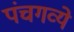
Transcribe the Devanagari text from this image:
पंचगव्ये